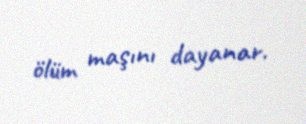
ölüm maşını dayanar.